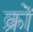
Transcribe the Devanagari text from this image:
क्रों